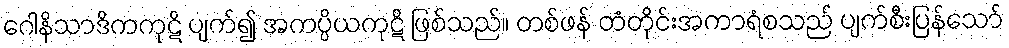
ဂေါနိသာဒိကကုဋိ ပျက်၍ အကပ္ပိယကုဋိ ဖြစ်သည်။ တစ်ဖန် တံတိုင်းအကာရံစသည် ပျက်စီးပြန်သော်